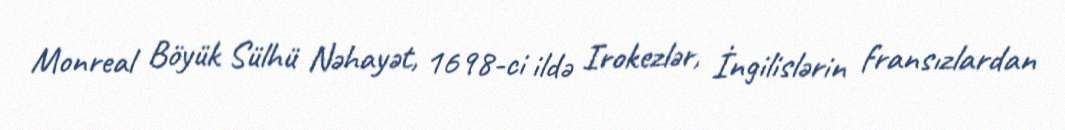
Monreal Böyük Sülhü Nəhayət, 1698-ci ildə Irokezlər, İngilislərin fransızlardan